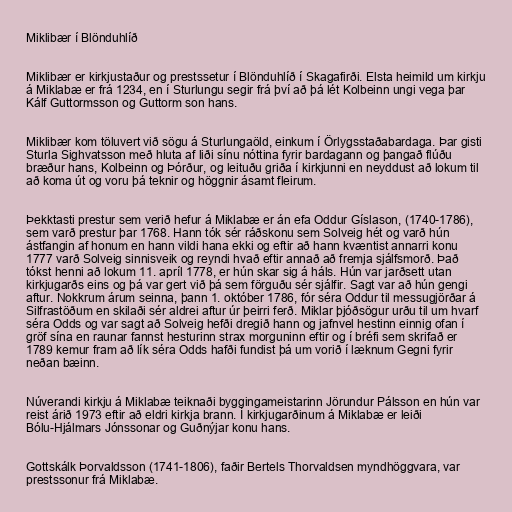
Miklibær í Blönduhlíð

Miklibær er kirkjustaður og prestssetur í Blönduhlíð í Skagafirði. Elsta heimild um kirkju
á Miklabæ er frá 1234, en í Sturlungu segir frá því að þá lét Kolbeinn ungi vega þar
Kálf Guttormsson og Guttorm son hans.

Miklibær kom töluvert við sögu á Sturlungaöld, einkum í Örlygsstaðabardaga. Þar gisti
Sturla Sighvatsson með hluta af liði sínu nóttina fyrir bardagann og þangað flúðu
bræður hans, Kolbeinn og Þórður, og leituðu griða í kirkjunni en neyddust að lokum til
að koma út og voru þá teknir og höggnir ásamt fleirum.

Þekktasti prestur sem verið hefur á Miklabæ er án efa Oddur Gíslason, (1740-1786),
sem varð prestur þar 1768. Hann tók sér ráðskonu sem Solveig hét og varð hún
ástfangin af honum en hann vildi hana ekki og eftir að hann kvæntist annarri konu
1777 varð Solveig sinnisveik og reyndi hvað eftir annað að fremja sjálfsmorð. Það
tókst henni að lokum 11. apríl 1778, er hún skar sig á háls. Hún var jarðsett utan
kirkjugarðs eins og þá var gert við þá sem förguðu sér sjálfir. Sagt var að hún gengi
aftur. Nokkrum árum seinna, þann 1. október 1786, fór séra Oddur til messugjörðar á
Silfrastöðum en skilaði sér aldrei aftur úr þeirri ferð. Miklar þjóðsögur urðu til um hvarf
séra Odds og var sagt að Solveig hefði dregið hann og jafnvel hestinn einnig ofan í
gröf sína en raunar fannst hesturinn strax morguninn eftir og í bréfi sem skrifað er
1789 kemur fram að lík séra Odds hafði fundist þá um vorið í læknum Gegni fyrir
neðan bæinn.

Núverandi kirkju á Miklabæ teiknaði byggingameistarinn Jörundur Pálsson en hún var
reist árið 1973 eftir að eldri kirkja brann. Í kirkjugarðinum á Miklabæ er leiði
Bólu-Hjálmars Jónssonar og Guðnýjar konu hans.

Gottskálk Þorvaldsson (1741-1806), faðir Bertels Thorvaldsen myndhöggvara, var
prestssonur frá Miklabæ.